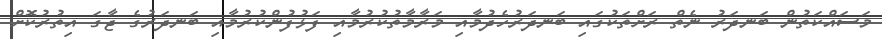
މަސައްކަތުން ބަނދަރު ނެތް ރަށްތަކުގައި ބަނދަރުހެދުމާއި މަރާމާތުކުރުމާއި ފަޅުފުންކުރުމާއި ބަނދަރުގެ ޖާގަ އިތުރުކޮށް